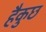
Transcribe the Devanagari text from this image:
हैकुछ